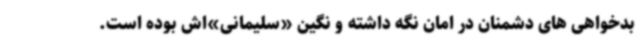
بدخواهی های دشمنان در امان نگه داشته و نگین «سلیمانی»اش بوده است.